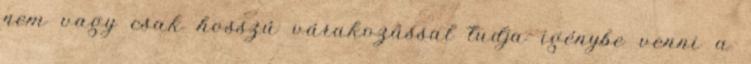
nem vagy csak hosszú várakozással tudja igénybe venni a